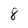
Character: 8